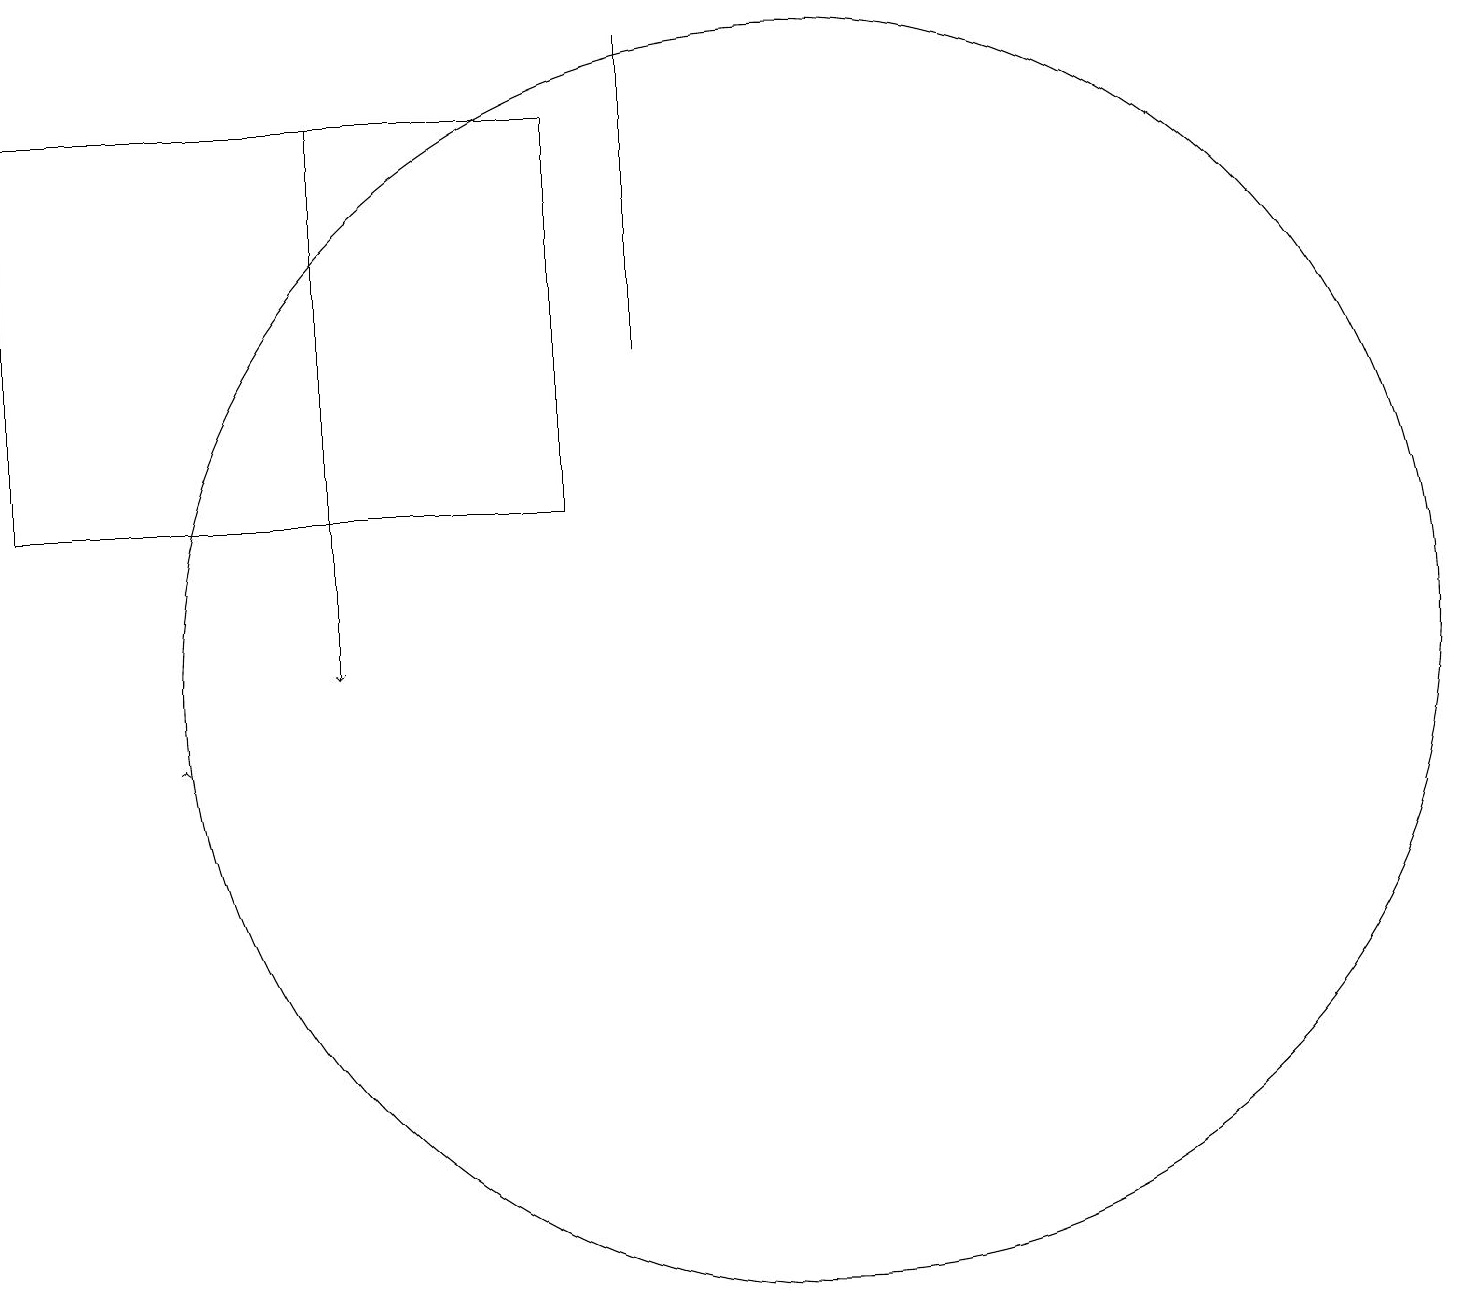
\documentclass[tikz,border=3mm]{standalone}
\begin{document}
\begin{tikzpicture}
\draw[->] (2,10) -- (2,10);
\draw (10,11) circle (8);
\draw[->] (4,18) -- (4,11);
\draw (0,18) rectangle (7,13);
\draw (8,15) rectangle (8,19);
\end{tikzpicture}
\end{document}